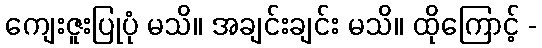
ကျေးဇူးပြုပုံ မသိ။ အချင်းချင်း မသိ။ ထိုကြောင့် -